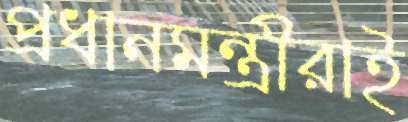
প্রধানমন্ত্রীরাই